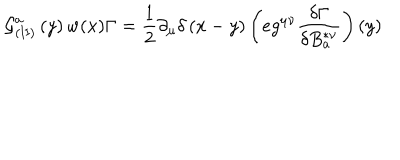
{ \cal G } _ { ( \mathrm { I I } ) } ^ { a } \left( y \right) w ( x ) \Gamma = \frac 1 2 \partial _ { \mu } \delta \left( x - y \right) \left( e g ^ { \mu \nu } \frac { \delta \Gamma } { \delta B _ { a } ^ { * \nu } } \right) \left( y \right)